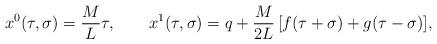
LaTeX: \begin{align*}x^0(\tau ,\sigma )=\frac ML\tau ,\quad \quad x^1(\tau ,\sigma)=q+\frac M{2L}\,[f(\tau +\sigma )+g(\tau -\sigma )],\end{align*}